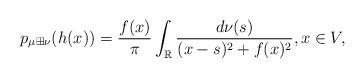
LaTeX: \begin{align*}p_{\mu\boxplus\nu}(h(x))=\frac{f(x)}{\pi}\int_{\mathbb{R}}\frac{d\nu(s)}{(x-s)^{2}+f(x)^{2}},x\in V,\end{align*}